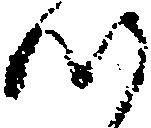
つ